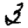
Digit: 3